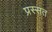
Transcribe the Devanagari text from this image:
प्रस्सत